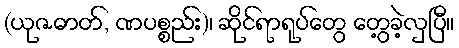
(ယုဇဓာတ်, ဏပစ္စည်း)၊ ဆိုင်ရာရုပ်တွေ တွေ့ခဲ့လှပြီ။